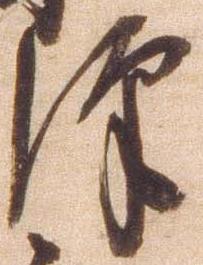
沢